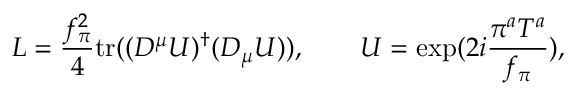
{ \cal L } = \frac { f _ { \pi } ^ { 2 } } { 4 } \mathrm { t r } ( ( D ^ { \mu } U ) ^ { \dagger } ( D _ { \mu } U ) ) , \qquad U = \exp ( 2 i \frac { \pi ^ { a } T ^ { a } } { f _ { \pi } } ) ,